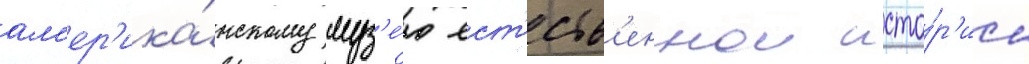
ам'ер'ика́нскому муз'е́ю ест'еств'еннои исто́р'ии